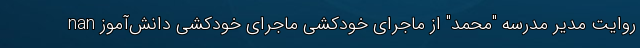
nan روایت مدیر مدرسه "محمد" از ماجرای خودکشی ماجرای خودکشی دانش‌آموز